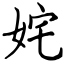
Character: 姹